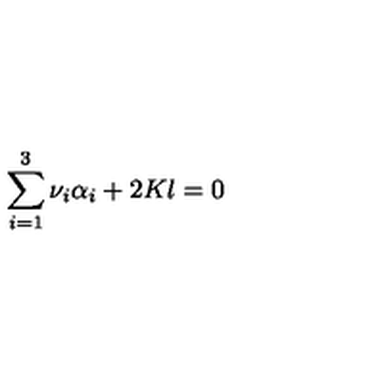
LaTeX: \sum _ { i = 1 } ^ { 3 } \nu _ { i } \alpha _ { i } + 2 K l = 0